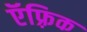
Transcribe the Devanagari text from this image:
ऍफ़्रिक